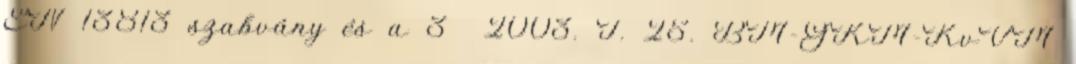
EN 13813 szabvány és a 3 2003. I. 25. BM-GKM-KvVM